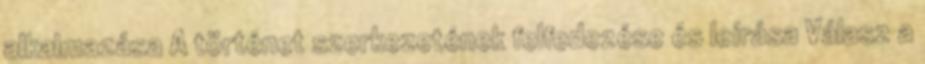
alkalmazása A történet szerkezetének felfedezése és leírása Válasz a